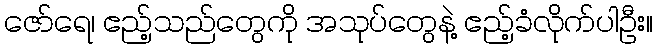
ဇော်ရေ၊ ဧည့်သည်တွေကို အသုပ်တွေနဲ့ ဧည့်ခံလိုက်ပါဦး။